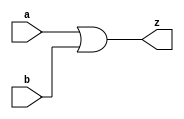
//#############################################################################
//# Function: 2-Input Clock OR Gate                                           #
//# Copyright: Lambda Project Authors. All rights Reserved.                   #
//# License:  MIT (see LICENSE file in Lambda repository)                     #
//#############################################################################

module la_clkor2 #(
    parameter PROP = "DEFAULT"
) (
    input  a,
    input  b,
    output z
);

    assign z = a | b;

endmodule